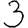
Digit: 3